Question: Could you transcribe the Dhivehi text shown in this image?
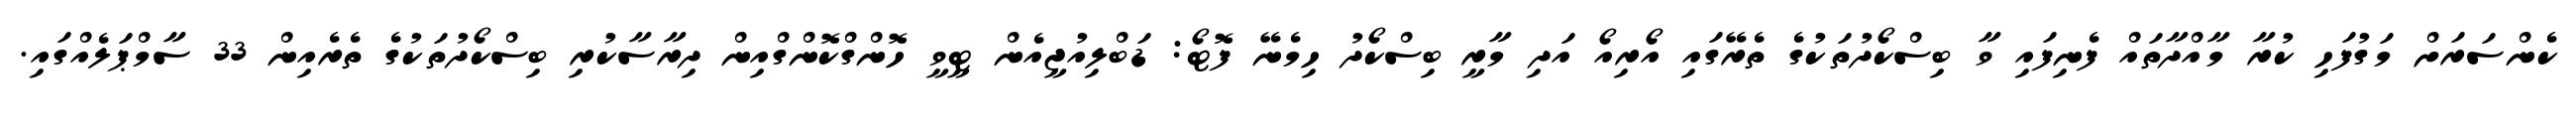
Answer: ކެންސަރަށް މަގުފަހި ކުރާ މާއްދާތައް ފެނިފައި ވާ ބިސްކޯދުތަކުގެ ތެރޭގައި އޯރިއޯ އަދި މާރީ ބިސްކޯދު ހިމެނޭ ފޮޓޯ: ޑަބްލިއުޖީއެން ޓީވީ ހޮންގްކޮންގްއިން ދިރާސާކުރި ބިސްކޯދުތަކުގެ ތެރެއިން 33 ސާމްޕަލެއްގައި.